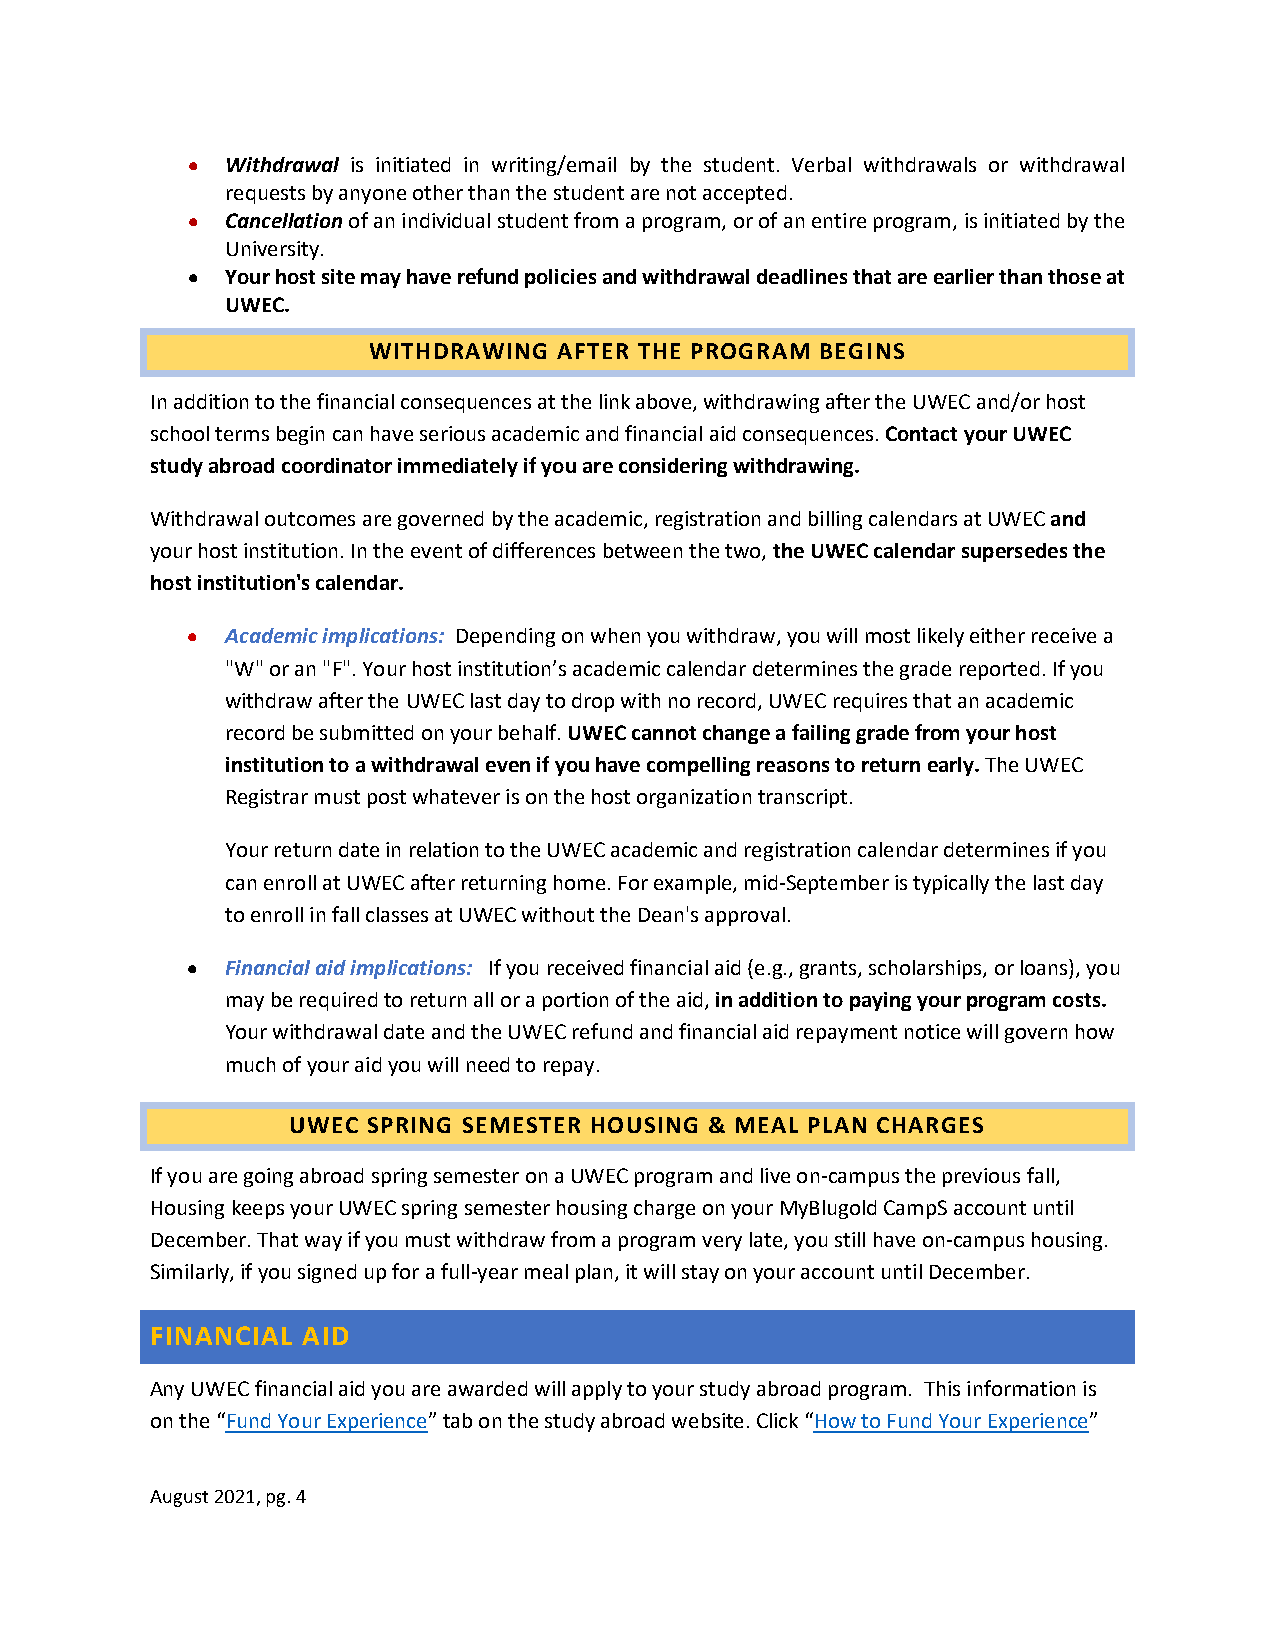
•  Withdrawal is initiated in writing/email by the student. Verbal withdrawals or withdrawal
 requests by anyone other than the student are not accepted.
 •  Cancellation of an individual student from a program, or of an entire program, is initiated by the
 University.
 •  Your host site may have refund policies and withdrawal deadlines that are earlier than those at
 UWEC.
 WITHDRAWING  AFTER THE PROGRAM BEGINS
 In addition to the financial consequences at the link above, withdrawing after the UWEC and/or host
 school terms begin can have serious academic and financial aid consequences. Contact your UWEC
 study abroad coordinator immediately if you are considering withdrawing.
 Withdrawal outcomes are governed by the academic, registration and billing calendars at UWEC and
 your host institution. In the event of differences between the two, the UWEC calendar supersedes the
 host institution's calendar.
 •  Academic implications: Depending on when you withdraw, you will most likely either receive a
 "W" or an "F". Your host institution’s academic calendar determines the grade reported. If you
 withdraw after the UWEC last day to drop with no record, UWEC requires that an academic
 record be submitted on your behalf. UWEC cannot change a failing grade from your host
 institution to a withdrawal even if you have compelling reasons to return early. The UWEC
 Registrar must post whatever is on the host organization transcript.
 Your return date in relation to the UWEC academic and registration calendar determines if you
 can enroll at UWEC after returning home. For example, mid-September is typically the last day
 to enroll in fall classes at UWEC without the Dean's approval.
 •  Financial aid implications: If you received financial aid (e.g., grants, scholarships, or loans), you
 may be required to return all or a portion of the aid, in addition to paying your program costs.
 Your withdrawal date and the UWEC refund and financial aid repayment notice will govern how
 much of your aid you will need to repay.
 UWEC SPRING SEMESTER HOUSING & MEAL PLAN CHARGES
 If you are going abroad spring semester on a UWEC program and live on-campus the previous fall,
 Housing keeps your UWEC spring semester housing charge on your MyBlugold CampS account until
 December. That way if you must withdraw from a program very late, you still have on-campus housing.
 Similarly, if you signed up for a full-year meal plan, it will stay on your account until December.
 FINANCIAL AID
 Any UWEC financial aid you are awarded will apply to your study abroad program. This information is
 on the “Fund Your Experience” tab on the study abroad website. Click “How to Fund Your Experience”
 August 2021, pg. 4